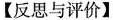
【反思与评价】